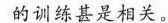
的训练甚是相关。